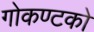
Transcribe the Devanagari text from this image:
गोकण्टको